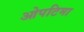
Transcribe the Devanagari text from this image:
ओपटिमा